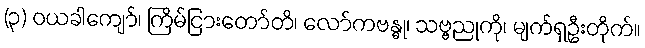
(၃) ဝယခါကျော်၊ ကြိမ်ငြားတော်တိ၊ လော်ကဗန္ဓု၊ သဗ္ဗညုကို၊ မျက်ရှဦးတိုက်။